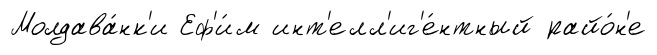
Молдава́нк'и Еф'и́м инт'елл'иг'е́нтный райо́н'е